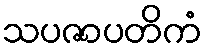
သပဇာပတိကံ